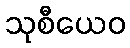
သုစီယေဝ